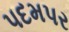
પદમપર